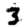
Digit: 3